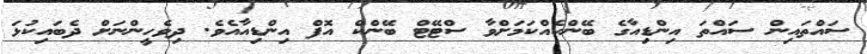
ސައްތައިން ސައްތަ އިންޑިއާގެ ބޭންކެއްކަމަށްވާ ސްޓޭޓް ބޭންކް އޮފް އިންޑިއާއެވެ. ދިވެހީންނަށް ދެބައިކުޅަ